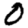
Digit: 0